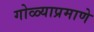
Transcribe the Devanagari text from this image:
गोळ्याप्रमाणे